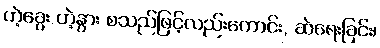
ဟဲ့ခွေး ဟဲ့နွား စသည်ဖြင့်လည်းကောင်း, ဆဲရေးခြင်း၊